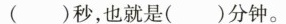
()秒，也就是()分钟。